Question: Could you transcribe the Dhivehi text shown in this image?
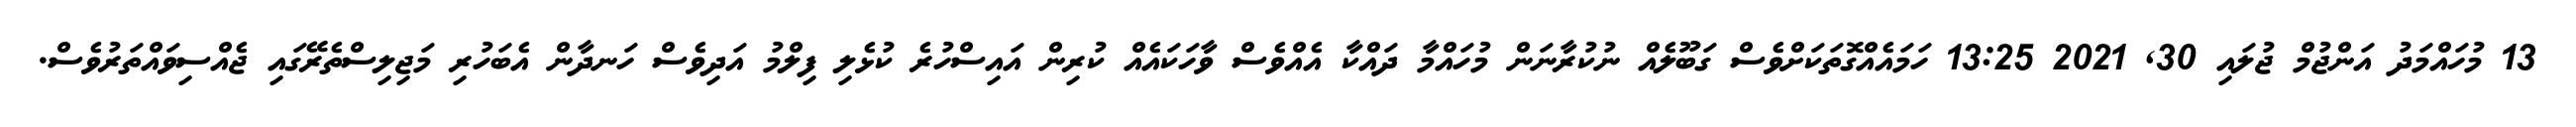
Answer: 13 މުހައްމަދު އަންޖުމް ޖުލައި 30, 2021 13:25 ހަމައެއްގޮތަކަށްވެސް ގަބޫލެއް ނުކުރާނަން މުހައްމާ ދައްކާ އެއްވެސް ވާހަކައެއް ކުރިން އައިސްހުރެ ކުޅެލި ފިލްމު އަދިވެސް ހަނދާން އެބަހުރި މަޖިލިސްތެރޭގައި ޖެއްސިވައްތަރުވެސް.